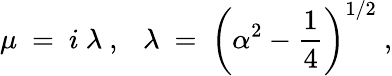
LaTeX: \mu\ =\ i\ \lambda\ ,\ \ \ \lambda\ =\ \left({\alpha}^{2}-{\frac{1}{4}}\right)^{1/2}\ ,